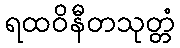
ရထဝိနီတသုတ္တံ